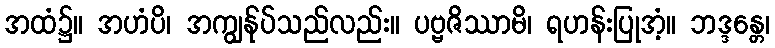
အထံ၌။ အဟံပိ၊ အကျွန်ုပ်သည်လည်း။ ပဗ္ဗဇိဿာမိ၊ ရဟန်းပြုအံ့။ ဘဒ္ဒန္တေ၊